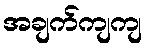
အချက်ကျကျ